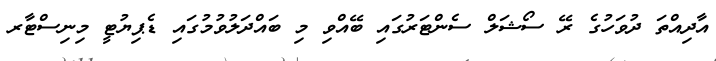
އާދިއްތަ ދުވަހުގެ ރޭ ސޯޝަލް ސެންޓަރުގައި ބޭއްވި މި ބައްދަލުވުމުގައި ޑެޕިޔުޓީ މިނިސްޓާރ